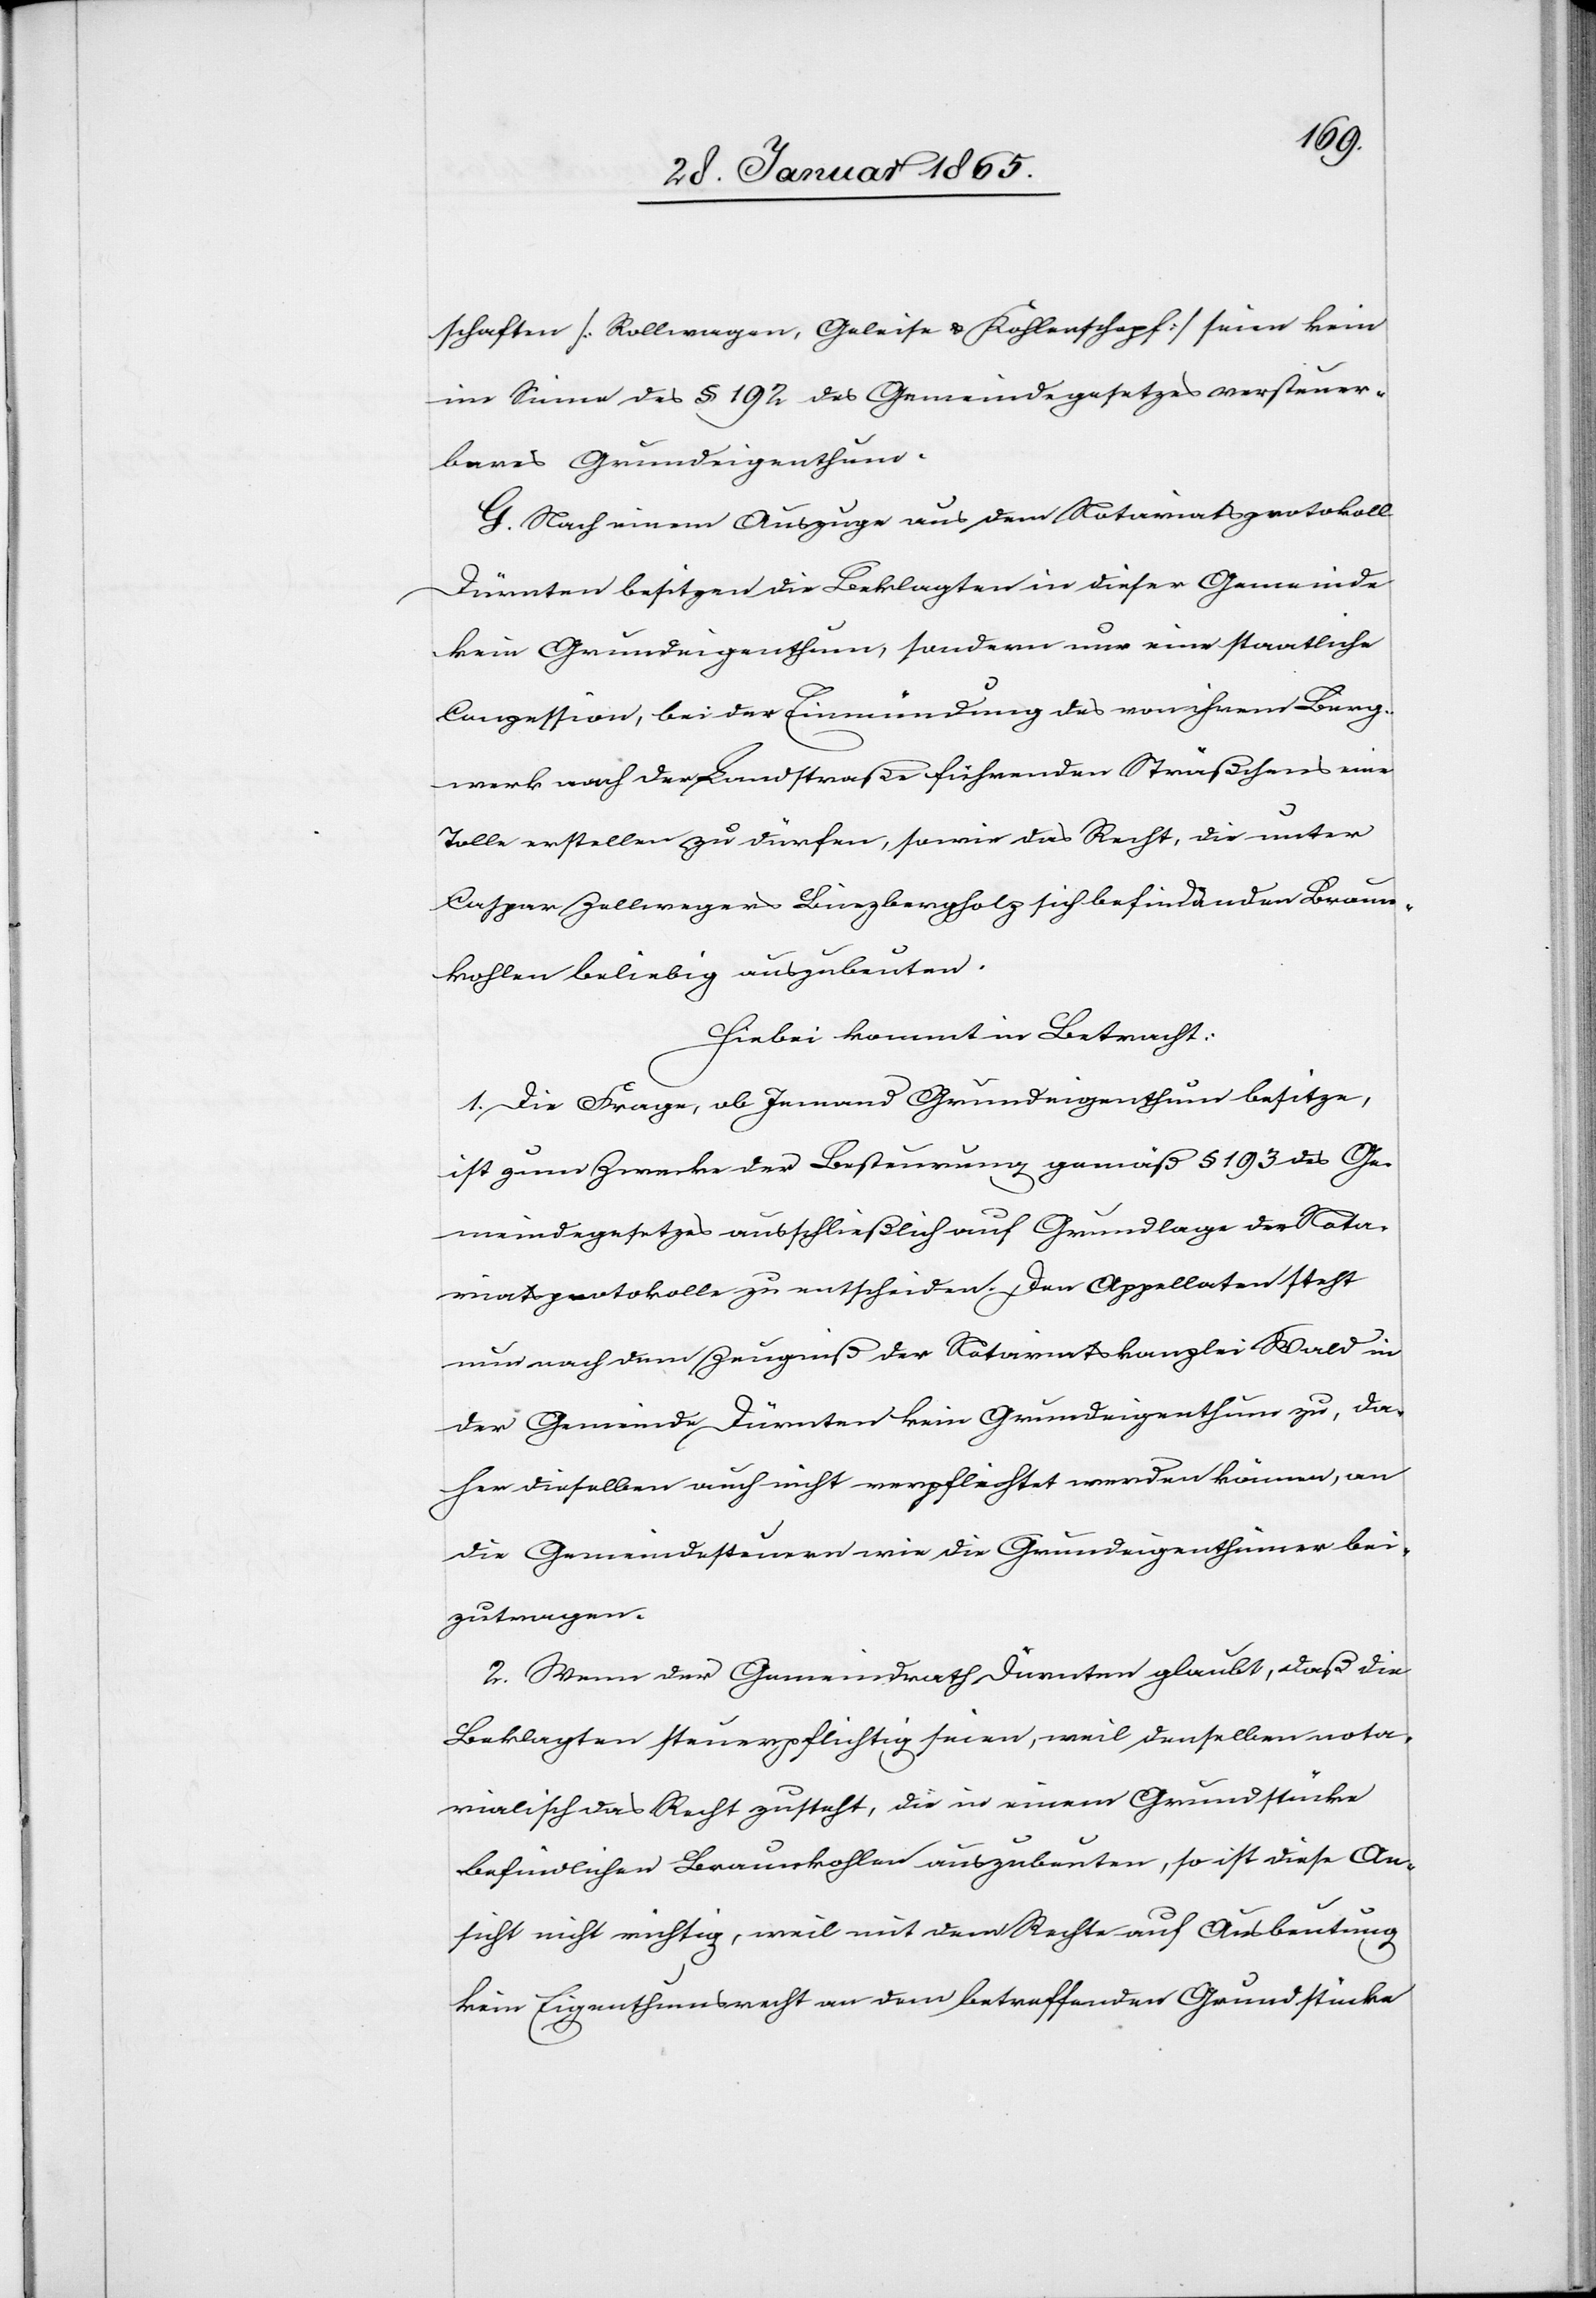
schaften [Rollwagen, Geleise u. Kohlenschopf] seien kein
im Sinne des § 192 des Gemeindegesetzes versteuer¬
bares Grundeigenthum.
G. Nach einem Auszuge aus dem Notariatsprotokoll
Dürnten besitzen die Beklagten in dieser Gemeinde
kein Grundeigenthum, sondern nur eine staatliche
Conzession, bei der Einmündung des von ihrem Burg¬
werk nach der Landstraße führenden Sträßchens eine
Tolle erstellen zu dürfen, sowie das Recht, die unter
Caspar Zellwegers [?Binzbergholz] sich befindenden Braun¬
kohlen beliebig auszubeuten.
Hiebei kommt in Betracht:
1. Die Frage, ob Jemand Grundeigenthum besitze,
ist zum Zwecke der Besteurung gemäß § 193 des Ge¬
meindegesetzes ausschließlich auf Grundlage der Nota¬
riatsprotokolle zu entscheiden. Den Appellaten steht
nun nach dem Zeugniß der Notariatskanzlei Wald in
der Gemeinde Dürnten kein Grundeigenthum zu, da¬
her dieselben auch nicht verpflichtet werden können, an
die Gemeindesteuern wie die Grundeigenthümer bei¬
zutragen.
2. Wenn der Gemeindrath Dürnten glaubt, daß die
Beklagten steuerpflichtig seien, weil denselben nota¬
rialisch das Recht zusteht, die in einem Grundstücke
befindlichen Braunkohlen auszubeuten, so ist diese An¬
sicht nicht richtig, weil mit dem Rechte auf Ausbeutung
kein Eigenthumsrecht an dem betreffenden Grundstücke